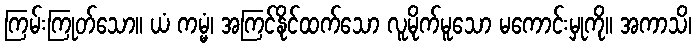
ကြမ်းကြုတ်သော။ ယံ ကမ္မံ၊ အကြင်နိုင်ထက်သော လူမိုက်မူသော မကောင်းမှုကို။ အကာသိ၊